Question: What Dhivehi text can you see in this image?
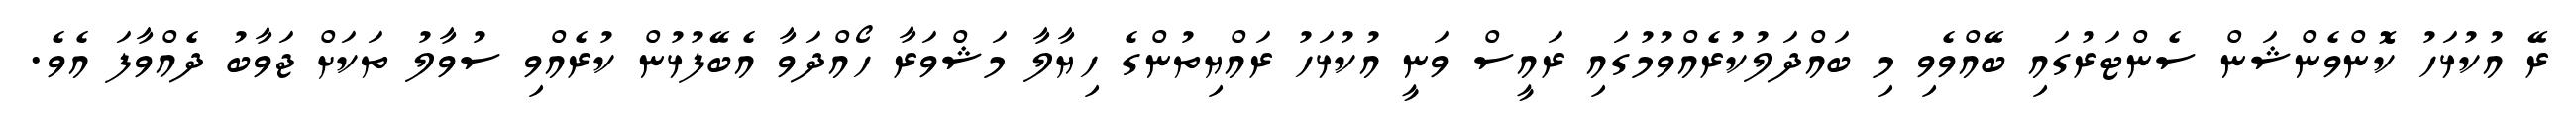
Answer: ރޭ އުކުޅަހު ކޮންވެންޝަން ސެންޓަރުގައި ބޭއްވެވި މި ބައްދަލުކުރެއްވުމުގައި ރައީސް ވަނީ އުކުޅަހު ރައްޔިތުންގެ ހިޔާލާ މަޝްވަރާ ހޯއްދަވާ އެބޭފުޅުން ކުރެއްވި ސުވާލު ތަކަށް ޖަވާބު ދެއްވާފަ އެވެ.